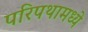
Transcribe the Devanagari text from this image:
परिपथामध्ये